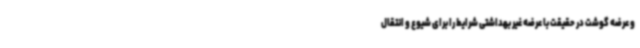
و عرضه گوشت در حقیقت با عرضه غیر بهداشتی شرایط را برای شیوع و انتقال